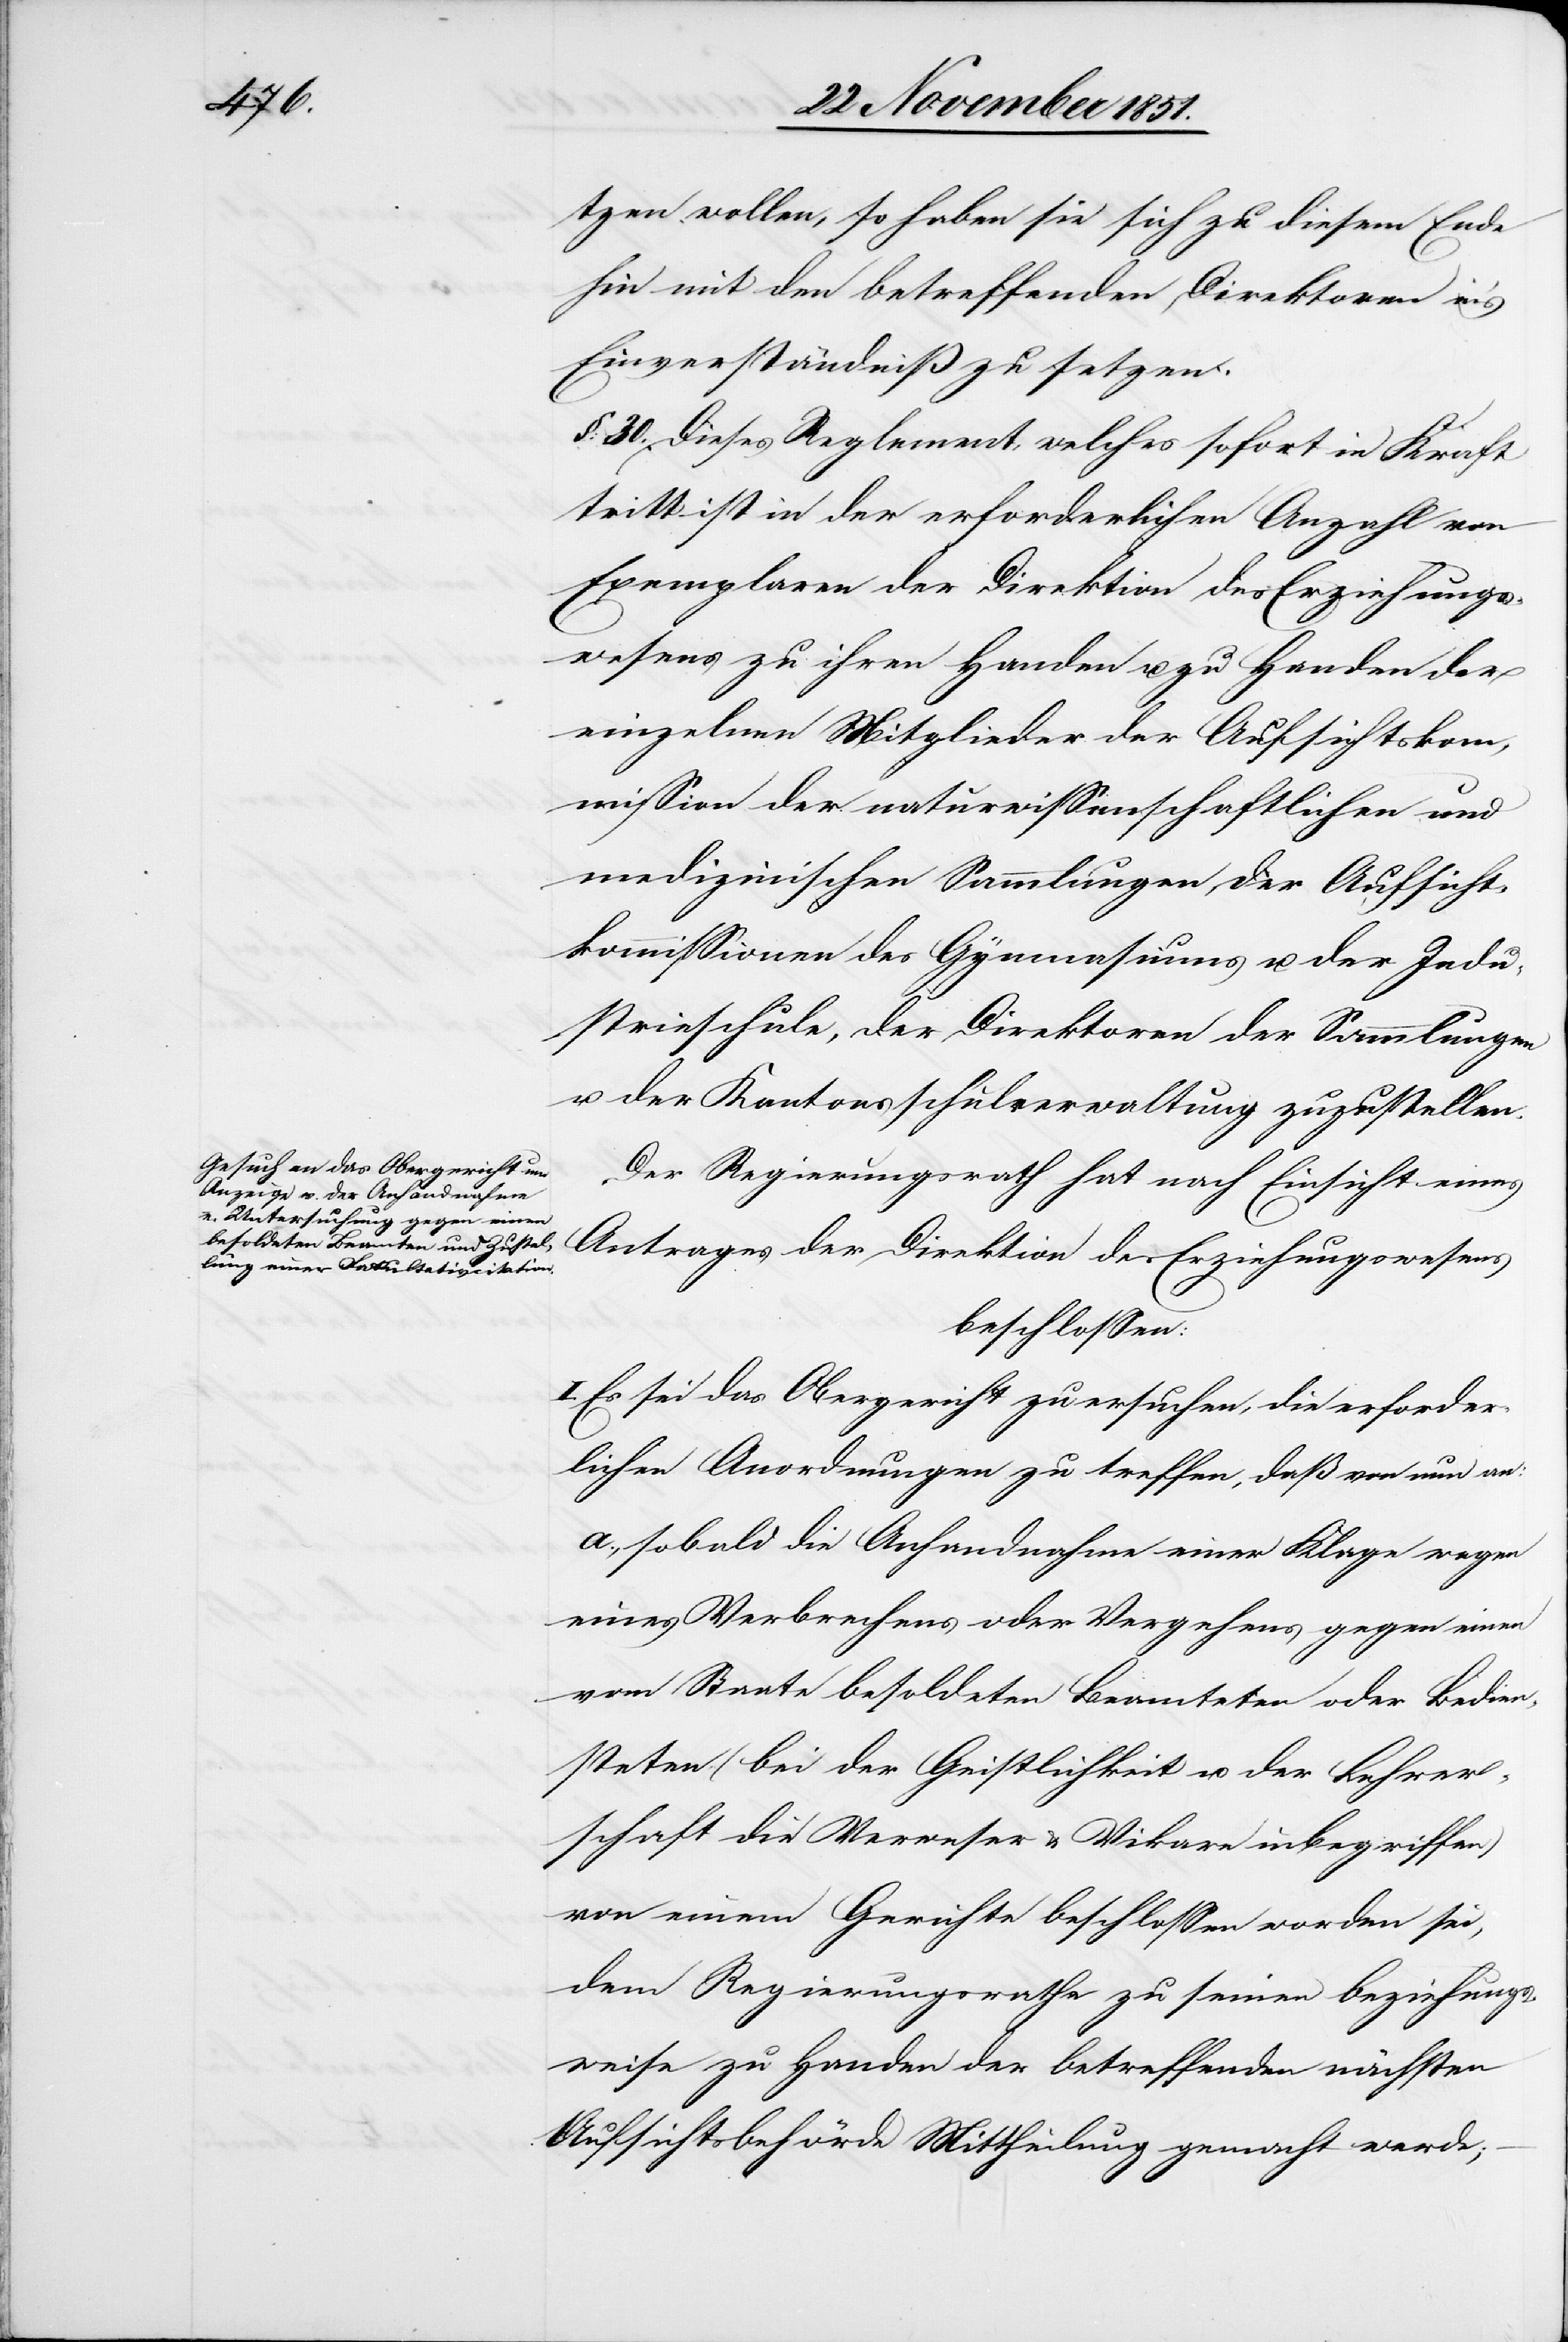
tzen wollen, so haben sie sich zu diesem Ende
hin mit den betreffenden Direktoren in’s
Einverständniß zu setzen.
§. 30. Dieses Reglement, welches sofort in Kraft
tritt ist in der erforderlichen Anzahl von
Exemplaren der Direktion des Erziehungs¬
wesens zu ihren Handen u. zu Handen der
einzelnen Mitglieder der Aufsichtskom¬
mission der naturwissenschaftlichen und
medizinischen Sammlungen, der Aufsicht¬
kommissionen des Gymnasiums u. der Indu¬
strieschule, der Direktoren der Sammlungen
u. der Kantonsschulverwaltung zuzustellen.
Der Regierungsrath hat nach Einsicht eines
Antrages der Direktion des Erziehungswesens
beschlossen:
I. Es sei das Obergericht zu ersuchen, die erforder¬
lichen Anordnungen zu treffen, daß von nun an:
a., sobald die Anhandnahme einer Klage wegen
eines Verbrechens oder Vergehens gegen einen
vom Staate besoldeten Beamteten oder Bedien¬
steten (bei der Geistlichkeit u. der Lehrer¬
schaft die Verweser & Vikare inbegriffen)
von einem Gerichte beschlossen worden sei,
dem Regierungsrathe zu seinen beziehungs¬
weise zu Handen der betreffenden nächsten
Aufsichtsbehörde Mittheilung gemacht werde;